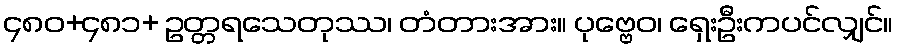
၄၈၀+၄၈၁+ ဥတ္တရသေတုဿ၊ တံတားအား။ ပုဗ္ဗေဝ၊ ရှေးဦးကပင်လျှင်။